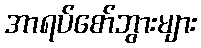
အာရပ်စော်ဘွားများ